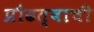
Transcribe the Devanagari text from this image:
प्रौढत्वाची